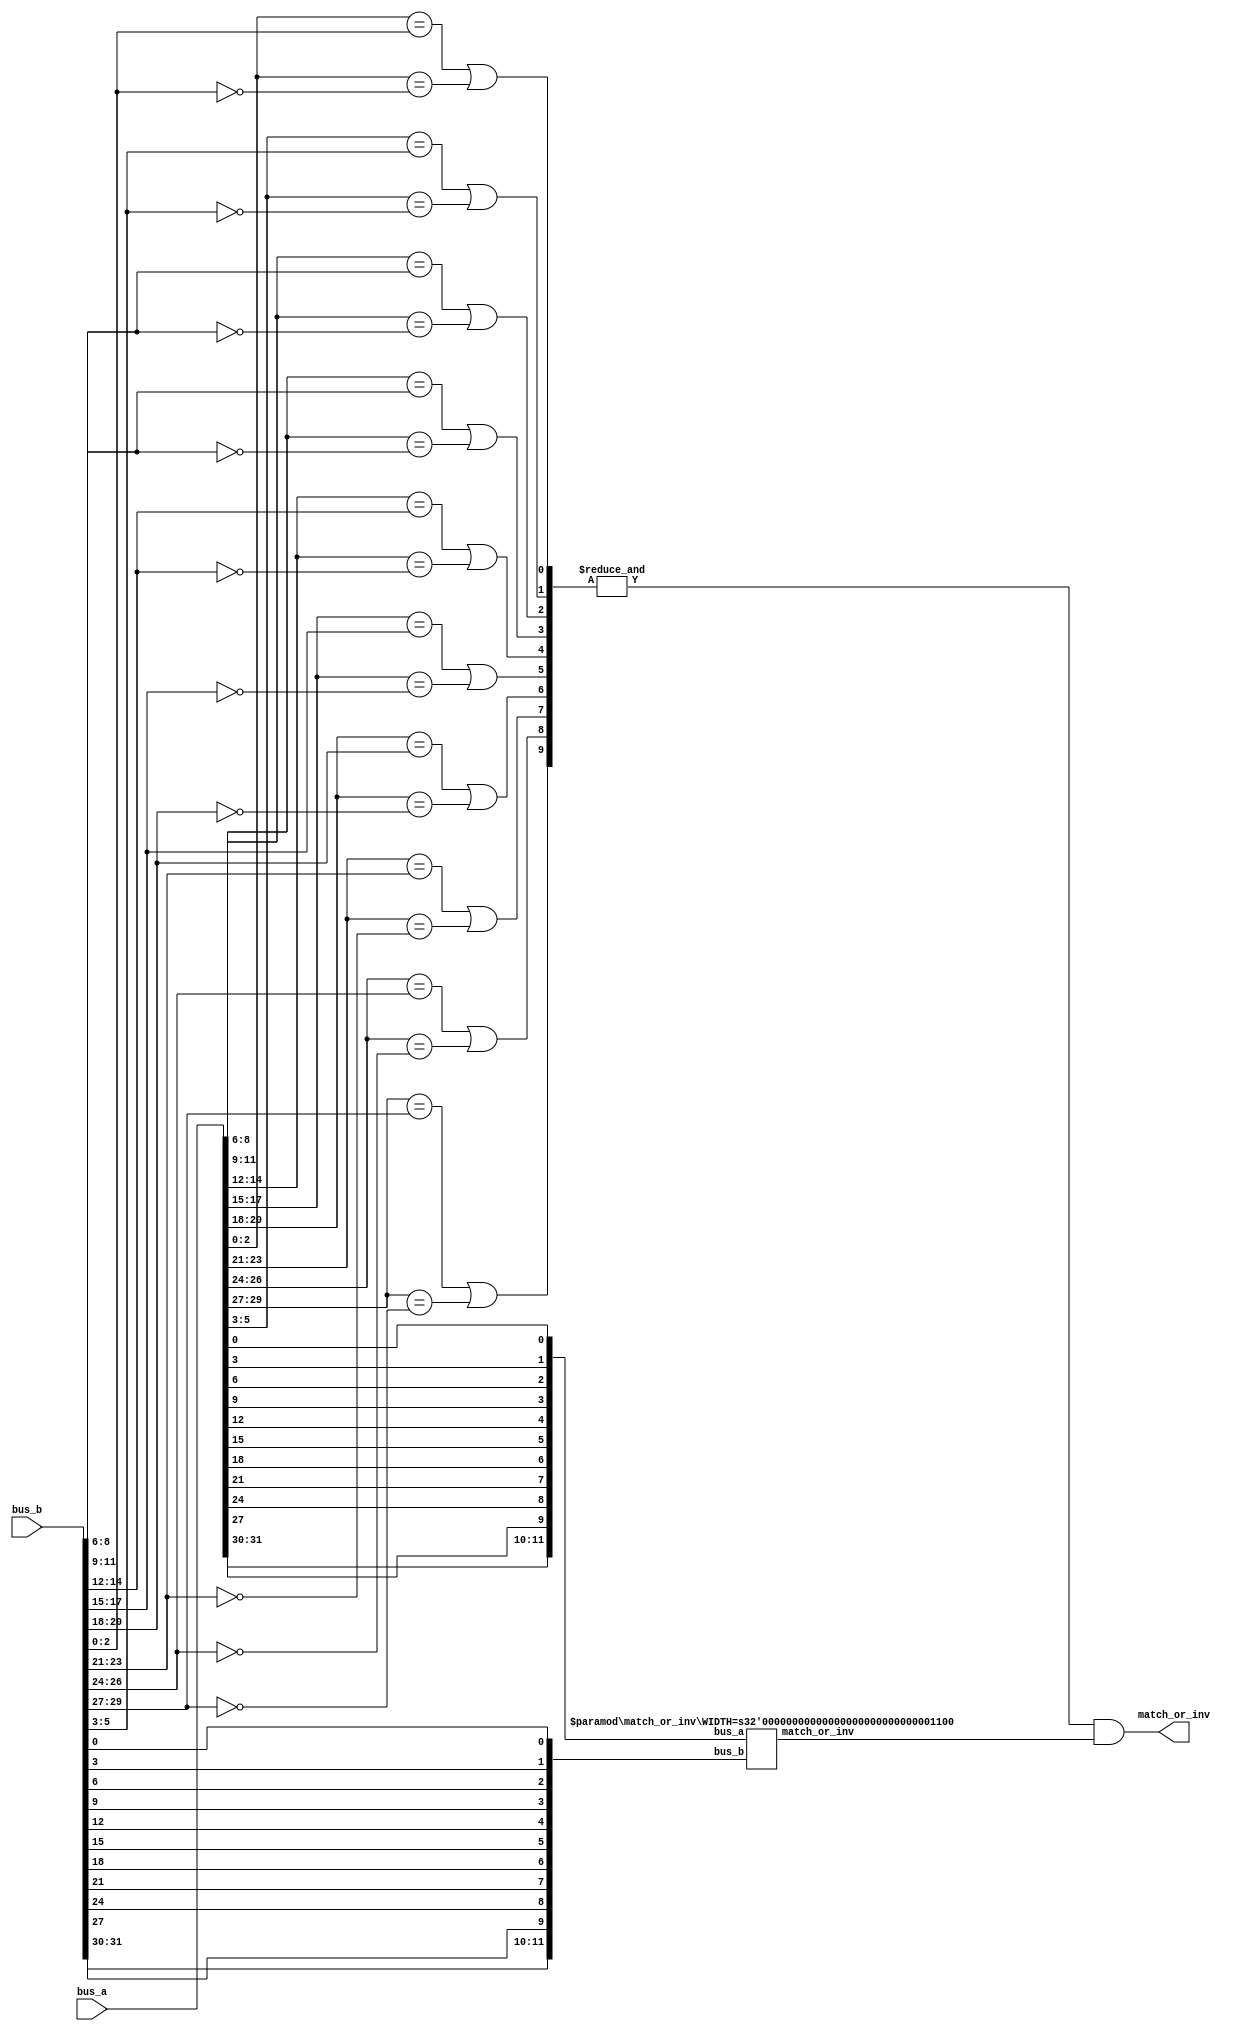
module match_or_inv (bus_a,bus_b,match_or_inv);

parameter WIDTH = 32;

localparam GROUPS_OF_THREE = WIDTH/3;

input [WIDTH-1:0] bus_a;
input [WIDTH-1:0] bus_b;

output match_or_inv;

wire [GROUPS_OF_THREE - 1 : 0] groups /* synthesis keep */;
wire [GROUPS_OF_THREE + WIDTH-(3*GROUPS_OF_THREE) - 1 : 0] reduced_a;
wire [GROUPS_OF_THREE + WIDTH-(3*GROUPS_OF_THREE) - 1 : 0] reduced_b;
wire reduced_result;

genvar i;
generate 

  // simplify each block of 3 vs 3 bus bits into a six LUT and a 1 bit problem
  for (i=0; i<GROUPS_OF_THREE; i=i+1)
  begin : triples
  	wire [2:0] part_a;
  	wire [2:0] part_b;
    wire m_or_i;
  	assign part_a = bus_a[i*3+2:i*3];
  	assign part_b = bus_b[i*3+2:i*3];
  	assign groups[i] = (part_a == part_b || part_a == ~part_b);
	assign reduced_a[i] = bus_a[i*3];
	assign reduced_b[i] = bus_b[i*3];
  end

  // take care of bus bits when the width isn't a multiple of 3
  for (i=0; i<WIDTH-(3*GROUPS_OF_THREE); i=i+1)
  begin : residue
    	assign reduced_a[GROUPS_OF_THREE + i] = bus_a[3*GROUPS_OF_THREE + i];
    	assign reduced_b[GROUPS_OF_THREE + i] = bus_b[3*GROUPS_OF_THREE + i];
  end
endgenerate

// if the remaining problem is big enough tackle it recursively
// otherwise just build the gates
generate
  if  ((GROUPS_OF_THREE + WIDTH-(3*GROUPS_OF_THREE)) > 3)
  begin
	match_or_inv helper (.bus_a(reduced_a),.bus_b(reduced_b),.match_or_inv(reduced_result));
	defparam helper .WIDTH = (GROUPS_OF_THREE + WIDTH-(3*GROUPS_OF_THREE));
  end
  else
  begin
	assign reduced_result = (reduced_a == reduced_b || reduced_a == ~reduced_b);
  end   
endgenerate

// Final answer is the & of all 3 input results and the sub problem result
assign match_or_inv = (& groups) && reduced_result;

endmodule